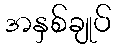
အနှစ်ချုပ်